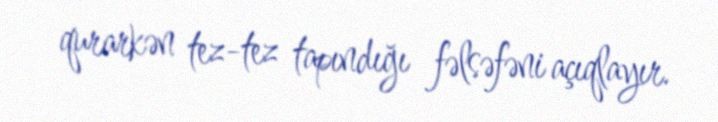
qurarkən tez-tez tapındığı fəlsəfəni açıqlayır.